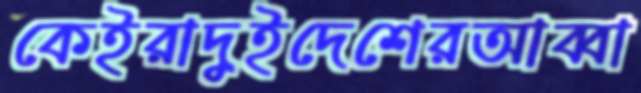
কেইরাদুইদেশেরআব্বা